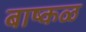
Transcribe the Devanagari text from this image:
बाष्कळ